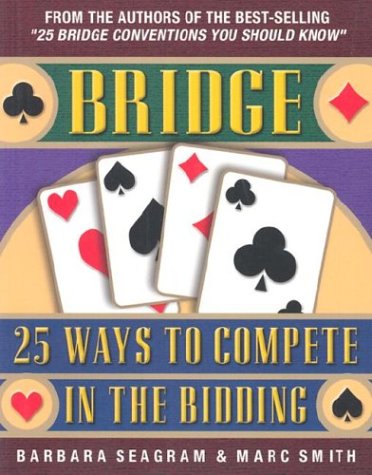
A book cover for Bridge: 25 Ways to Compete in the Bidding (Bridge (Master Point Press)); Barbara Seagram; Humor & Entertainment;